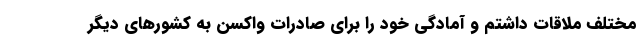
مختلف ملاقات داشتم و آمادگی خود را برای صادرات واکسن به کشور‌های دیگر